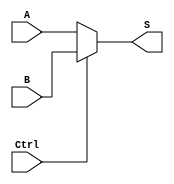
module dataSelect_5_Bit(A, B, Ctrl, S);
  input [4:0] A, B; //
  input Ctrl; //
  output [4:0] S;
  assign S = (Ctrl == 1'b0 ? A : B);
endmodule